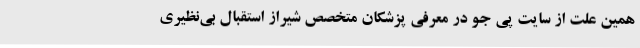
همین علت از سایت پی جو در معرفی پزشکان متخصص شیراز استقبال بی‌نظیری